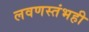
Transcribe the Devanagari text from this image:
लवणस्तंभही